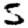
Digit: 5